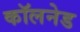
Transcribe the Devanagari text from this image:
कॉलनेड